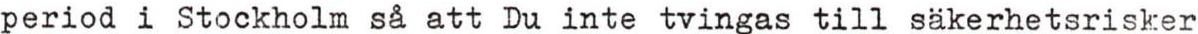
period i Stockholm så att Du inte tvingas till säkerhetsrisker